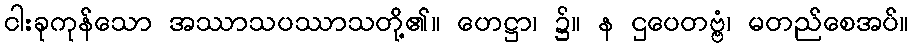
ငါးခုကုန်သော အဿာသပဿာသတို့၏။ ဟေဋ္ဌာ၊ ၌။ န ဌပေတဗ္ဗံ၊ မတည်စေအပ်။